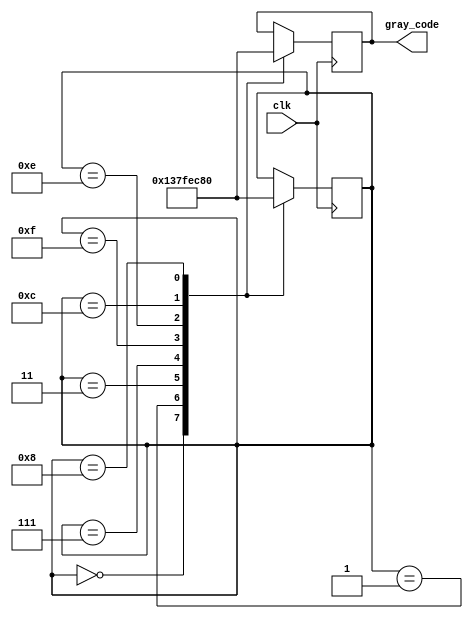
module johnson_gray_counter(
    input wire clk,
    output reg [3:0] gray_code
);

reg [3:0] state;

always @(posedge clk) begin
    case(state)
        4'b0000: begin
            state <= 4'b0001;
            gray_code <= 4'b0001;
        end
        4'b0001: begin
            state <= 4'b0011;
            gray_code <= 4'b0011;
        end
        4'b0011: begin
            state <= 4'b0111;
            gray_code <= 4'b0111;
        end
        4'b0111: begin
            state <= 4'b1111;
            gray_code <= 4'b1111;
        end
        4'b1111: begin
            state <= 4'b1110;
            gray_code <= 4'b1110;
        end
        4'b1110: begin
            state <= 4'b1100;
            gray_code <= 4'b1100;
        end
        4'b1100: begin
            state <= 4'b1000;
            gray_code <= 4'b1000;
        end
        4'b1000: begin
            state <= 4'b0000;
            gray_code <= 4'b0000;
        end
    endcase
end

endmodule